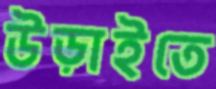
উড়াইতে